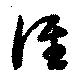
徑